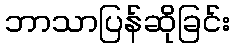
ဘာသာပြန်ဆိုခြင်း